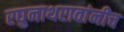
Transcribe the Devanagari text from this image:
रघुनाथरावांनीच